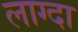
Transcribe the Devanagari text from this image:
लाग्दा